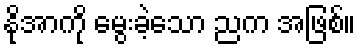
နိုအာကို မွေးခဲ့သော ညက အဖြစ်။